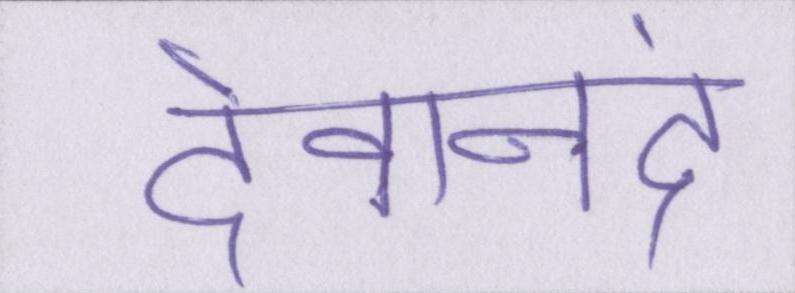
देवानंद